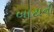
બાટાની